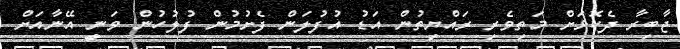
ޖާބިރާ ދެކޮޅަށް މަތިވެރި ރައްޔިތުން އަޑު އުފުލަން ފެށުމުން ފުލުހުން ވަނީ އޭނާއަށް